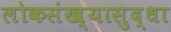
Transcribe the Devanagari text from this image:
लोकसंख्यासुद्धा